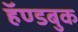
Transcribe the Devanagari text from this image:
हॅण्डबुक